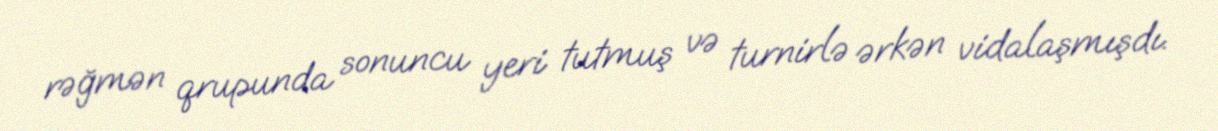
rəğmən qrupunda sonuncu yeri tutmuş və turnirlə ərkən vidalaşmışdı.